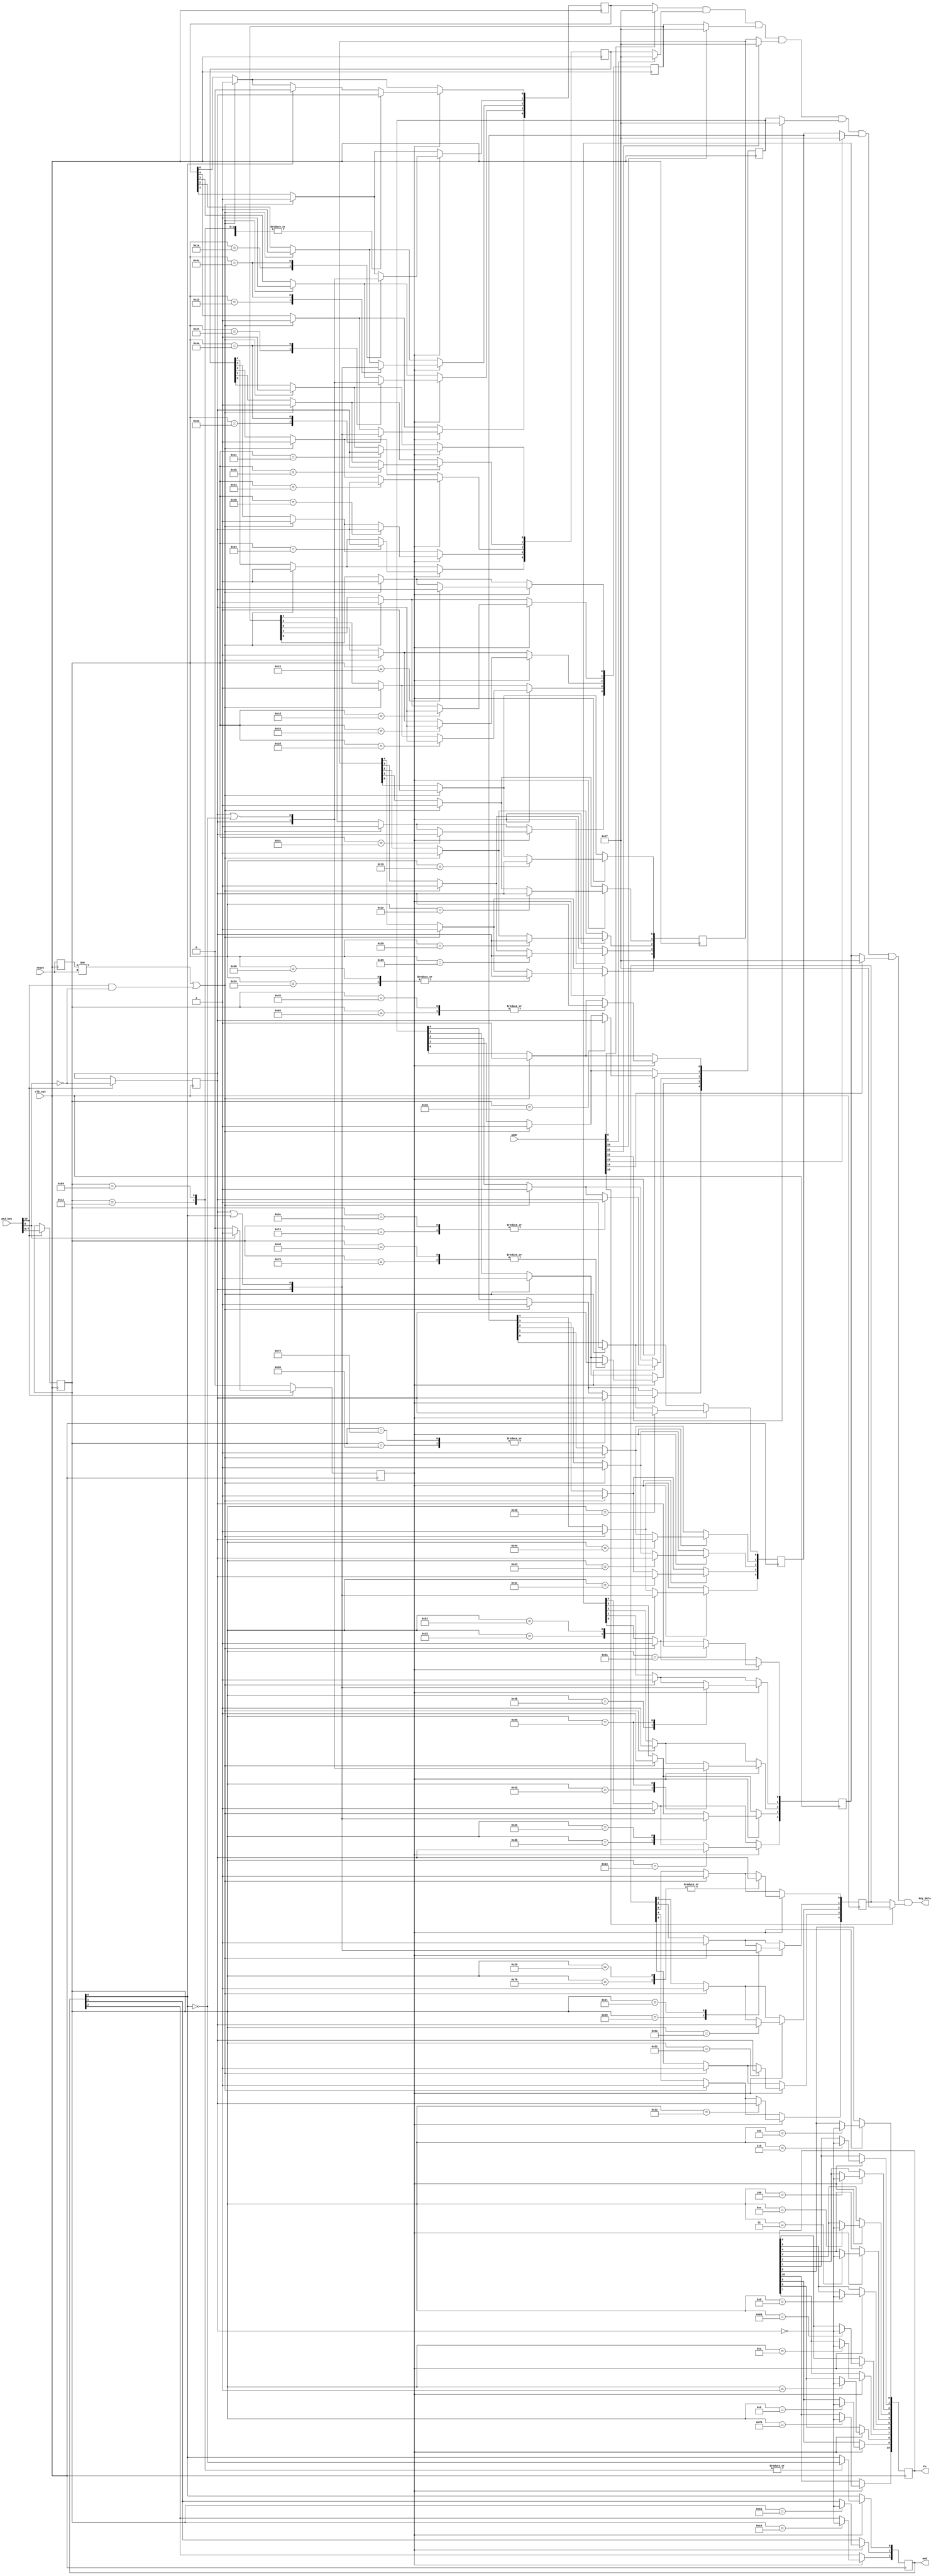
// ZX Spectrum for Altera DE1
//
// Copyright (c) 2009-2011 Mike Stirling
// Copyright (c) 2015-2017 Sorgelig
//
// All rights reserved
//
// Redistribution and use in source and synthezised forms, with or without
// modification, are permitted provided that the following conditions are met:
//
// * Redistributions of source code must retain the above copyright notice,
//   this list of conditions and the following disclaimer.
//
// * Redistributions in synthesized form must reproduce the above copyright
//   notice, this list of conditions and the following disclaimer in the
//   documentation and/or other materials provided with the distribution.
//
// * Neither the name of the author nor the names of other contributors may
//   be used to endorse or promote products derived from this software without
//   specific prior written agreement from the author.
//
// * License is granted for non-commercial use only.  A fee may not be charged
//   for redistributions as source code or in synthesized/hardware form without 
//   specific prior written agreement from the author.
//
// THIS SOFTWARE IS PROVIDED BY THE COPYRIGHT HOLDERS AND CONTRIBUTORS "AS IS"
// AND ANY EXPRESS OR IMPLIED WARRANTIES, INCLUDING, BUT NOT LIMITED TO,
// THE IMPLIED WARRANTIES OF MERCHANTABILITY AND FITNESS FOR A PARTICULAR
// PURPOSE ARE DISCLAIMED. IN NO EVENT SHALL THE AUTHOR OR CONTRIBUTORS BE
// LIABLE FOR ANY DIRECT, INDIRECT, INCIDENTAL, SPECIAL, EXEMPLARY, OR
// CONSEQUENTIAL DAMAGES (INCLUDING, BUT NOT LIMITED TO, PROCUREMENT OF
// SUBSTITUTE GOODS OR SERVICES; LOSS OF USE, DATA, OR PROFITS; OR BUSINESS
// INTERRUPTION) HOWEVER CAUSED AND ON ANY THEORY OF LIABILITY, WHETHER IN
// CONTRACT, STRICT LIABILITY, OR TORT (INCLUDING NEGLIGENCE OR OTHERWISE)
// ARISING IN ANY WAY OUT OF THE USE OF THIS SOFTWARE, EVEN IF ADVISED OF THE
// POSSIBILITY OF SUCH DAMAGE.
//

// PS/2 scancode to Spectrum matrix conversion
module keyboard
(
	input             reset,
	input             clk_sys,

	input      [10:0] ps2_key,

	input      [15:0] addr,
	output      [4:0] key_data,

	output reg [11:1] Fn = 0,
	output reg  [2:0] mod = 0
);

reg  [4:0] keys[7:0];
reg        release_btn = 0;
reg  [7:0] code;

// Output addressed row to ULA
assign key_data = (!addr[8]  ? keys[0] : 5'b11111)
                 &(!addr[9]  ? keys[1] : 5'b11111)
                 &(!addr[10] ? keys[2] : 5'b11111)
                 &(!addr[11] ? keys[3] : 5'b11111)
                 &(!addr[12] ? keys[4] : 5'b11111)
                 &(!addr[13] ? keys[5] : 5'b11111)
                 &(!addr[14] ? keys[6] : 5'b11111)
                 &(!addr[15] ? keys[7] : 5'b11111);

reg  input_strobe = 0;
wire shift = mod[0];
reg old_reset = 0;

always @(posedge clk_sys) begin
	old_reset <= reset;

	if (old_reset != reset || (ps2_key[10] && ~ps2_key[9])) begin
		keys[0] <= 5'b11111;
		keys[1] <= 5'b11111;
		keys[2] <= 5'b11111;
		keys[3] <= 5'b11111;
		keys[4] <= 5'b11111;
		keys[5] <= 5'b11111;
		keys[6] <= 5'b11111;
		keys[7] <= 5'b11111;
	end

	if(input_strobe) begin
		if (shift) keys[0][0] <= 0;
		case(code)
			//8'h59, 8'h12: mod[0]<= ~release_btn; // left-right shift
			8'h59, 8'h12: mod[0]<= ~mod[0]; // left-right shift
			8'h11: mod[1]<= ~release_btn; // alt
			8'h14: mod[2]<= ~release_btn; // ctrl
			8'h05: Fn[1] <= ~release_btn; // F1
			8'h06: Fn[2] <= ~release_btn; // F2
			8'h04: Fn[3] <= ~release_btn; // F3
			8'h0C: Fn[4] <= ~release_btn; // F4
			8'h03: Fn[5] <= ~release_btn; // F5
			8'h0B: Fn[6] <= ~release_btn; // F6
			8'h83: Fn[7] <= ~release_btn; // F7
			8'h0A: Fn[8] <= ~release_btn; // F8
			8'h01: Fn[9] <= ~release_btn; // F9
			8'h09: Fn[10]<= ~release_btn; // F10
			8'h78: Fn[11]<= ~release_btn; // F11
		endcase

		case(code)
			8'h12 : keys[0][0] <= release_btn; // Left shift (CAPS SHIFT)
			8'h59 : keys[0][0] <= release_btn; // Right shift (CAPS SHIFT)
			8'h1a : keys[0][1] <= release_btn; // Z
			8'h22 : keys[0][2] <= release_btn; // X
			8'h21 : keys[0][3] <= release_btn; // C
			8'h2a : keys[0][4] <= release_btn; // V

			8'h1c : keys[1][0] <= release_btn; // A
			8'h1b : keys[1][1] <= release_btn; // S
			8'h23 : keys[1][2] <= release_btn; // D
			8'h2b : keys[1][3] <= release_btn; // F
			8'h34 : keys[1][4] <= release_btn; // G

			8'h15 : keys[2][0] <= release_btn; // Q
			8'h1d : keys[2][1] <= release_btn; // W
			8'h24 : keys[2][2] <= release_btn; // E
			8'h2d : keys[2][3] <= release_btn; // R
			8'h2c : keys[2][4] <= release_btn; // T

			8'h16 : keys[3][0] <= release_btn; // 1
			8'h1e : keys[3][1] <= release_btn; // 2
			8'h26 : keys[3][2] <= release_btn; // 3
			8'h25 : keys[3][3] <= release_btn; // 4
			8'h2e : keys[3][4] <= release_btn; // 5

			8'h45 : keys[4][0] <= release_btn; // 0
			8'h46 : keys[4][1] <= release_btn; // 9
			8'h3e : keys[4][2] <= release_btn; // 8
			8'h3d : keys[4][3] <= release_btn; // 7
			8'h36 : keys[4][4] <= release_btn; // 6

			8'h4d : keys[5][0] <= release_btn; // P
			8'h44 : keys[5][1] <= release_btn; // O
			8'h43 : keys[5][2] <= release_btn; // I
			8'h3c : keys[5][3] <= release_btn; // U
			8'h35 : keys[5][4] <= release_btn; // Y

			8'h5a : keys[6][0] <= release_btn; // ENTER
			8'h4b : keys[6][1] <= release_btn; // L
			8'h42 : keys[6][2] <= release_btn; // K
			8'h3b : keys[6][3] <= release_btn; // J
			8'h33 : keys[6][4] <= release_btn; // H

			8'h29 : keys[7][0] <= release_btn; // SPACE
			8'h49 : keys[7][1] <= release_btn; // .
			8'h3a : keys[7][2] <= release_btn; // M
			8'h31 : keys[7][3] <= release_btn; // N
			8'h32 : keys[7][4] <= release_btn; // B

			// Cursor keys - these are actually extended (E0 xx), but
			// the scancodes for the numeric keypad cursor keys are
			// are the same but without the extension, so we'll accept
			// the codes whether they are extended or not
			8'h6B : begin // Left (CAPS 5)
					keys[0][0] <= release_btn;
					keys[3][4] <= release_btn;
				end
			8'h72 : begin // Down (CAPS 6)
					keys[0][0] <= release_btn;
					keys[4][4] <= release_btn;
				end
			8'h75 : begin // Up (CAPS 7)
					keys[0][0] <= release_btn;
					keys[4][3] <= release_btn;
				end
			8'h74 : begin // Right (CAPS 8)
					keys[0][0] <= release_btn;
					keys[4][2] <= release_btn;
				end

			// Other special keys sent to the ULA as key combinations
			8'h66 : begin // Backspace (CAPS 0)
					keys[0][0] <= release_btn;
					keys[4][0] <= release_btn;
				end
			8'h76 : begin // Escape (CAPS SPACE)
					keys[0][0] <= release_btn;
					keys[7][0] <= release_btn;
				end
			8'h41 : begin // ,
					keys[0][0] <= release_btn;
					keys[7][1] <= release_btn |  shift;
				end
			8'h4A : begin // / ?
					keys[0][0] <= release_btn;
					keys[0][3] <= release_btn | ~shift;
					keys[0][4] <= release_btn |  shift;
				end
			8'h4C : begin // ; :
					keys[0][0] <= release_btn;
					keys[0][1] <= release_btn | ~shift;
					keys[0][2] <= release_btn |  shift;
				end
			8'h52 : begin // "
					keys[0][0] <= release_btn;
					keys[5][4] <= release_btn | shift;
				end
			8'h4E : begin // -
					keys[0][0] <= release_btn;
					keys[6][3] <= release_btn |  shift;
				end
			8'h55 : begin // = +
					keys[0][0] <= release_btn;
					keys[6][2] <= release_btn | ~shift;
					keys[6][1] <= release_btn |  shift;
				end
			default: ;
		endcase
	end
end

reg old_state;

always @(posedge clk_sys) begin
	input_strobe <= 0;
	old_state <= ps2_key[10];

	if(ps2_key[10]) begin
		release_btn <= ~ps2_key[9];
		code <= ps2_key[7:0];
		if (ps2_key[9]) input_strobe <= 1;
	end
end

endmodule